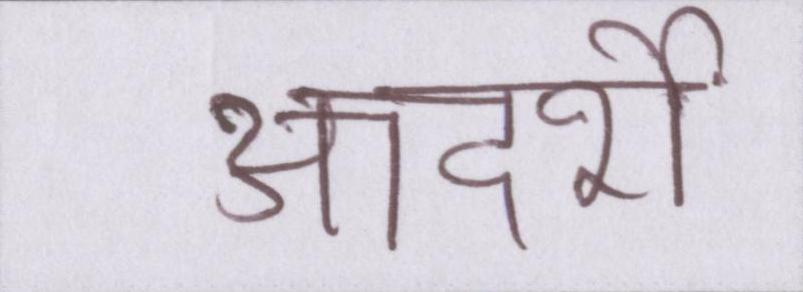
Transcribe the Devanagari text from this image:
आदर्शों